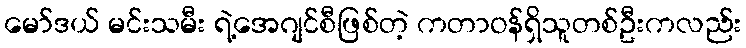
မော်ဒယ် မင်းသမီး ရဲ့အေဂျင်စီဖြစ်တဲ့ ကတာဝန်ရှိသူတစ်ဦးကလည်း